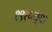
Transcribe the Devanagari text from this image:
१९१५च्या